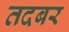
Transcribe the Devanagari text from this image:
तदबर